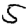
Digit: 5